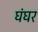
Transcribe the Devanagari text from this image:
घंघर